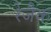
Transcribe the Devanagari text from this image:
रेजैक